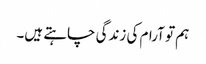
ہم تو آرام کی زندگی چاہتے ہیں۔